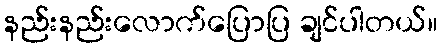
နည်းနည်းလောက်ပြောပြ ချင်ပါတယ်။